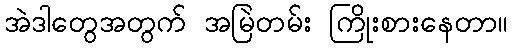
အဲဒါတွေအတွက် အမြဲတမ်း ကြိုးစားနေတာ။